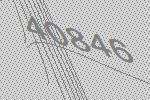
40846